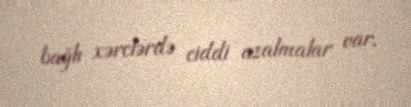
bağlı xərclərdə ciddi azalmalar var.